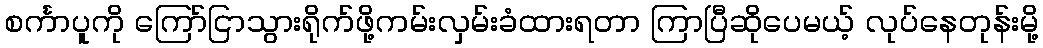
စင်္ကာပူကို ကြော်ငြာသွားရိုက်ဖို့ကမ်းလှမ်းခံထားရတာ ကြာပြီဆိုပေမယ့် လုပ်နေတုန်းမို့